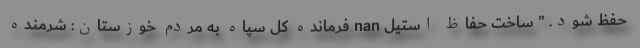
حفظ شود. " ساخت حفاظ استیل nan فرمانده کل سپاه به مردم خوزستان: شرمنده